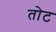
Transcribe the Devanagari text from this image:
तोट